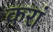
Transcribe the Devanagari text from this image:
करां